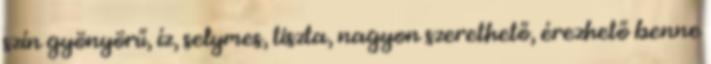
szín gyönyörű, íz, selymes, tiszta, nagyon szerethető, érezhető benne